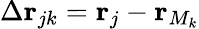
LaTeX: \Delta\mathbf{r}_{jk}=\mathbf{r}_{j}-\mathbf{r}_{M_{k}}